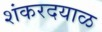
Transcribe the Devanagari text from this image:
शंकरदयाळ